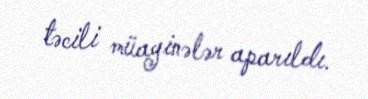
təcili müayinələr aparıldı.